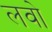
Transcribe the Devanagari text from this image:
लवो